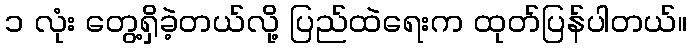
၁ လုံး တွေ့ရှိခဲ့တယ်လို့ ပြည်ထဲရေးက ထုတ်ပြန်ပါတယ်။